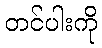
တင်ပါးကို